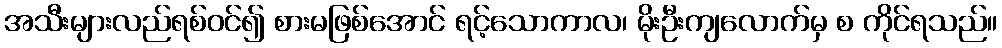
အသီးများလည်ရစ်ဝင်၍ စားမဖြစ်အောင် ရင့်သောကာလ၊ မိုးဦးကျလောက်မှ စ ကိုင်ရသည်။